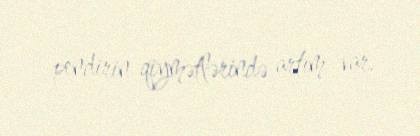
pendirin qiymətlərində artım var.